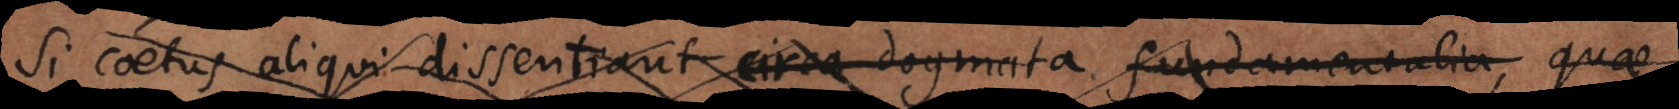
Si coetus aliqui dissentiant circa dogmata fundamentalia, quae